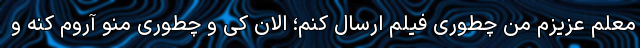
معلم عزیزم من چطوری فیلم ارسال کنم؛ الان کی و چطوری منو آروم کنه و